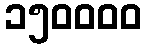
၁၅၀၀၀၀